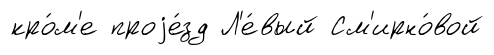
кро́м'е проjе́зд Л'е́вый См'ирно́вой